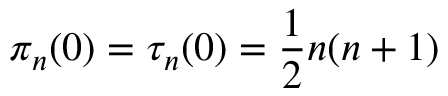
\pi _ { n } ( 0 ) = \tau _ { n } ( 0 ) = \frac { 1 } { 2 } n ( n + 1 )